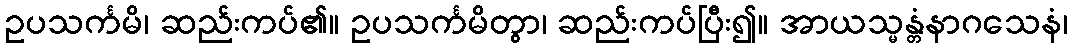
ဥပသင်္ကမိ၊ ဆည်းကပ်၏။ ဥပသင်္ကမိတွာ၊ ဆည်းကပ်ပြီး၍။ အာယသ္မန္တံနာဂသေနံ၊